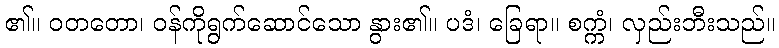
၏။ ဝတတော၊ ဝန်ကိုရွက်ဆောင်သော နွား၏။ ပဒံ၊ ခြေရာ။ စက္ကံ၊ လှည်းဘီးသည်။